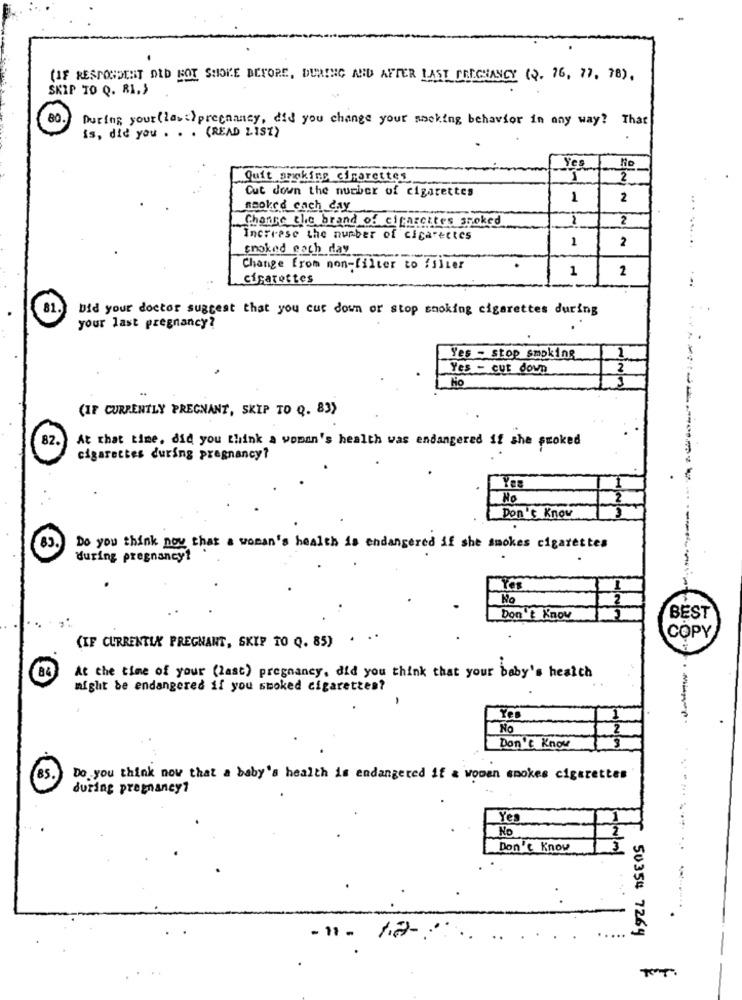
(IF RESPONDENT DID NOT SHORE BEFORE, DURING AND AFTER LAST PREGNANCY (Q. 76, 77, 78).
SKIP TO Q. RI .,
80.
During your (law)pregnancy, did you change your mocking behavior in any way? That
is, did you . . . (READ ZISZ)
Yes
No
Quit smoking cigarettes
1
2
Cut down the number of cigarettes
1
2
Booked each day
Change the brand of cigarettes spoked
2
Increase the number of cigarettes
1
cnoked each day
2
.. .....
Change from mon-filter to filter
1
2
cigarettes
...
Did your doctor suggest that you cut down or stop smoking cigarettes during
..
your last pregnancy?
1
Yes - stop smoking
Yes - cut down
1
No
(IF CURRENTLY PREGNANT, SKIP TO Q. 83)
82.
At that time. did you think a woman's health was endangered if she proked
cigarettes during pregnancy?
.
No
Don't Know
83.
Do you think now that a woman's health is endangered if she smokes cigarettes
during pregnancy?
No
Don't Know
BEST
(IF CURRENTLY PREGNANT, SKIP TO Q. 85) .
COPY
84
At the time of your (last) pregnancy, did you think that your baby's hesich
might be endangered if you smoked cigarettes?
Yoo
No
Don't Know
85.
Do you think now that a baby's health is endangered if a woman smokes cigarettes
during pregnancy?
Yes
No
2
Don't Know
----
-11 - 12-
..
50354 7264